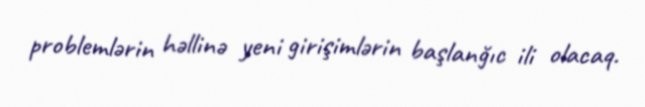
problemlərin həllinə yeni girişimlərin başlanğıc ili olacaq.